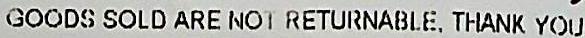
GOODS SOLD ARE NOT RETURNABLE, THANK YOU.